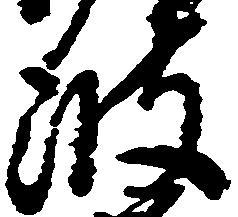
波